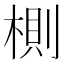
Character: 𣖡